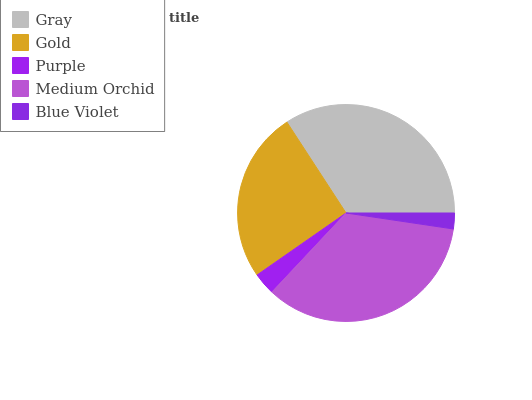
| Gray | Gold | Purple | Medium Orchid | Blue Violet |
 | --- | --- | --- | --- | --- |
 | 34.2% | 25.4% | 3.32% | 34.7% | 2.35% |